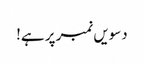
دسویں نمبر پر ہے!